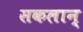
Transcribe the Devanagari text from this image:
सकलान्